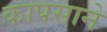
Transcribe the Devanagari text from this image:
कापसाने